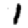
Digit: 1